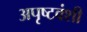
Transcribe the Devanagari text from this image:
अपृष्टवंशी